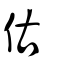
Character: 估